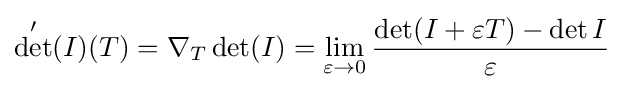
\det '(I)(T)=\nabla _{T}\det(I)=\lim _{\varepsilon \to 0}{\frac {\det(I+\varepsilon T)-\det I}{\varepsilon }}